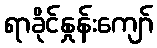
ရာခိုင်နှုန်းကျော်